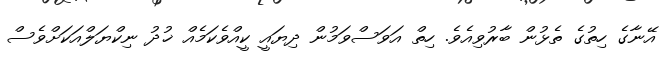
އޭނާގެ ހިތުގެ ތެޅުން ބާރުވިއެވެ. ހިތް އަވަސްވަމުން ދިޔައީ ކީއްވެކަމެއް ޚުދު ނިކްޔަލްއަކަށްވެސް